Indian journal of veterinary science and animal husbandry - Volume 6,
Year: 1936
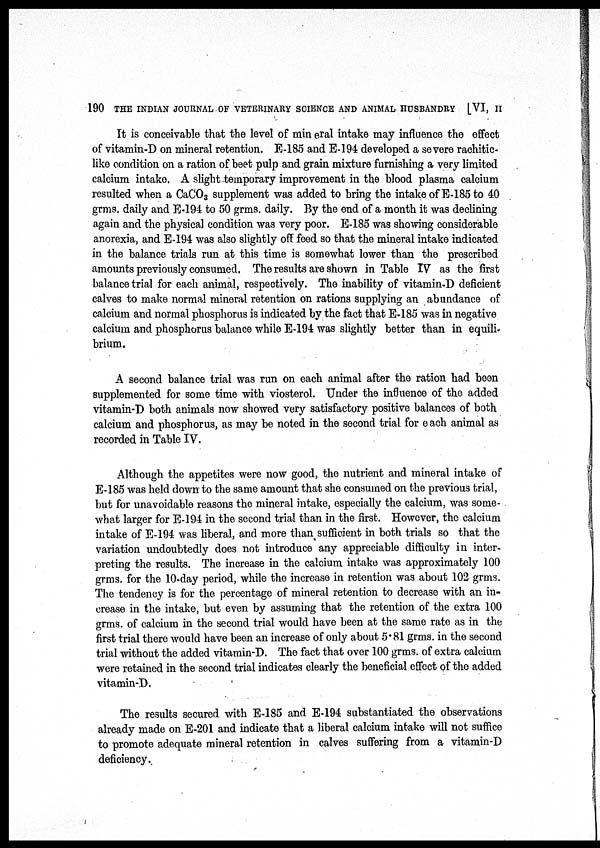
190 THE INDIAN JOURNAL OF VETERINARY SCIENCE AND ANIMAL HUSBANDRY [VI, II
It is conceivable that the level of min eral intake may influence the effect
of vitamin-D on mineral retention. E-185 and E-194 developed a severe rachitic-
like condition on a ration of beet pulp and grain mixture furnishing a very limited
calcium intake. A slight-temporary improvement in the blood plasma calcium
resulted when a CaCO 3 supplement was added to bring the intake of E-185 to 40
grms. daily and E-194 to 50 grms. daily. By the end of a month it was declining
again and the physical condition was very poor. E-185 was showing considerable
anorexia, and E-194 was also slightly off feed so that the mineral intake indicated
in the balance trials run at this time is somewhat lower than the prescribed
amounts previously consumed. The results are shown in Table IV as the first
balance trial for each animal, respectively. The inability of vitamin-D deficient
calves to make normal mineral retention on rations supplying an abundance of
calcium and normal phosphorus is indicated by the fact that E-185 was in negative
calcium and phosphorus balance while E-194 was slightly better than in equili-
brium.
A second balance trial was run on each animal after the ration had been
supplemented for some time with viosterol. Under the influence of the added
vitamin-D both animals now showed very satisfactory positive balances of both
calcium and phosphorus, as may be noted in the second trial for each animal as
recorded in Table IV.
Although the appetites were now good, the nutrient and mineral intake of
E-185 was held down to the same amount that she consumed on the previous trial,
but for unavoidable reasons the mineral intake, especially the calcium, was some-
what larger for E-194 in the second trial than in the first. However, the calcium
intake of E-194 was liberal, and more than sufficient in both trials so that the
variation undoubtedly does not introduce any appreciable difficulty in inter-
preting the results. The increase in the calcium intake was approximately 100
grms. for the 10-day period, while the increase in retention was about 102 grms.
The tendency is for the percentage of mineral retention to decrease with an in-
crease in the intake, but even by assuming that the retention of the extra 100
grms. of calcium in the second trial would have been at the same rate as in the
first trial there would have been an increase of only about 5.81 grms. in the second
trial without the added vitamin-D. The fact that over 100 grms. of extra calcium
were retained in the second trial indicates clearly the beneficial effect of the added
vitamin-D.
The results secured with E-185 and E-194 substantiated the observations
already made on E-201 and indicate that a liberal calcium intake will not suffice
to promote adequate mineral retention in calves suffering from a vitamin-D
deficiency.